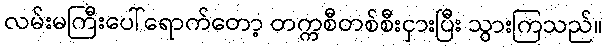
လမ်းမကြီးပေါ်ရောက်တော့ တက္ကစီတစ်စီးငှားပြီး သွားကြသည်။